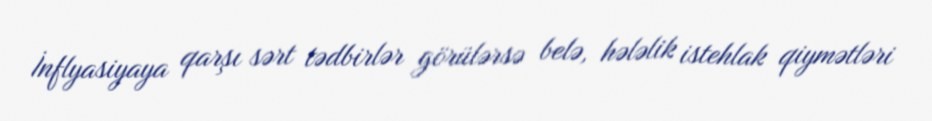
İnflyasiyaya qarşı sərt tədbirlər görülərsə belə, hələlik istehlak qiymətləri